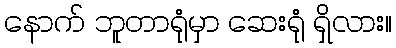
နောက် ဘူတာရုံမှာ ဆေးရုံ ရှိလား။